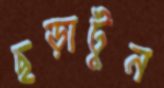
ছড়াটুন